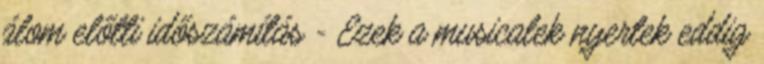
álom előtti időszámítás - Ezek a musicalek nyertek eddig